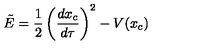
\tilde { E } = { \frac { 1 } { 2 } } \left( { \frac { d x _ { c } } { d \tau } } \right) ^ { 2 } - V ( x _ { c } )